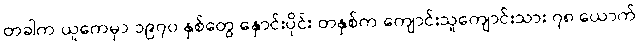
တခါက ယူကေမှာ ၁၉၇၀ နှစ်တွေ နှောင်းပိုင်း တနှစ်က ကျောင်းသူကျောင်းသား ၇၈ ယောက်